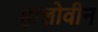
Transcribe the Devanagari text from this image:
हालोवीन